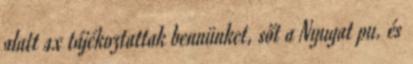
alatt 4x tájékoztattak bennünket, sőt a Nyugat pu. és